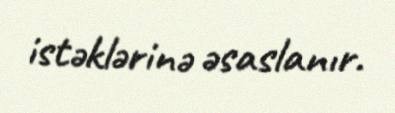
istəklərinə əsaslanır.